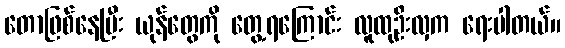
တောဖြစ်နေပြီး ယုန်တွေကို တွေ့ရကြောင်း လူထုဦးလှက ရေးပါတယ်။